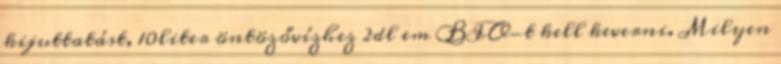
kijuttatást, 10liter öntözővízhez 2dl em BIO-t kell keverni. Milyen